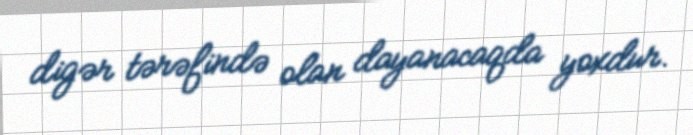
digər tərəfində olan dayanacaqda yoxdur.